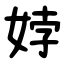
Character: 㛘